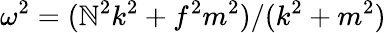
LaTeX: \omega^{2}=(\mathbb{N}^{2}k^{2}+f^{2}m^{2})/(k^{2}+m^{2})